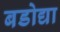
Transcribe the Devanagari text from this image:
बडोद्या